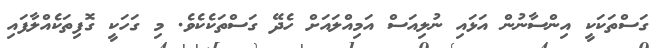
ގަސްތަކަކީ އިންސާނުން އަޅައި ނުލިއަސް އަމިއްލައަށް ހެދޭ ގަސްތަކެކެވެ. މި ގަހަކީ ގޮފިތަކެއްލާފައި